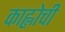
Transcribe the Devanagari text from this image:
काह्लोची